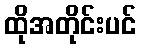
ထိုအတိုင်းပင်